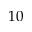
1 0